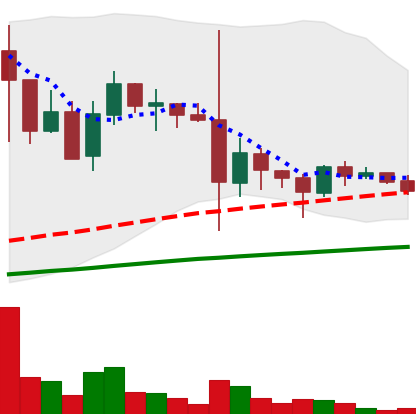
Ticker: DOGE-USD
Chart end date: 2021-05-28
Forward return: 36.043%
Label: up_7plus